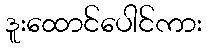
ဒူးထောင်ပေါင်ကား